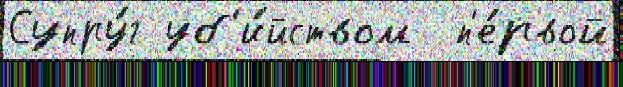
Супру́г уб'и́йством  п'е́рвой